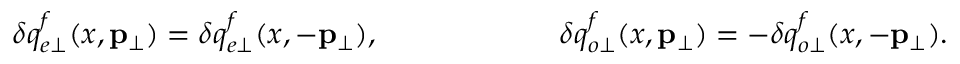
\delta q _ { e \perp } ^ { f } ( x , { \bf p } _ { \perp } ) = \delta q _ { e \perp } ^ { f } ( x , - { \bf p } _ { \perp } ) , ~ ~ ~ ~ ~ \ ~ ~ ~ ~ ~ \ ~ ~ ~ ~ ~ ~ \delta q _ { o \perp } ^ { f } ( x , { \bf p } _ { \perp } ) = - \delta q _ { o \perp } ^ { f } ( x , - { \bf p } _ { \perp } ) .